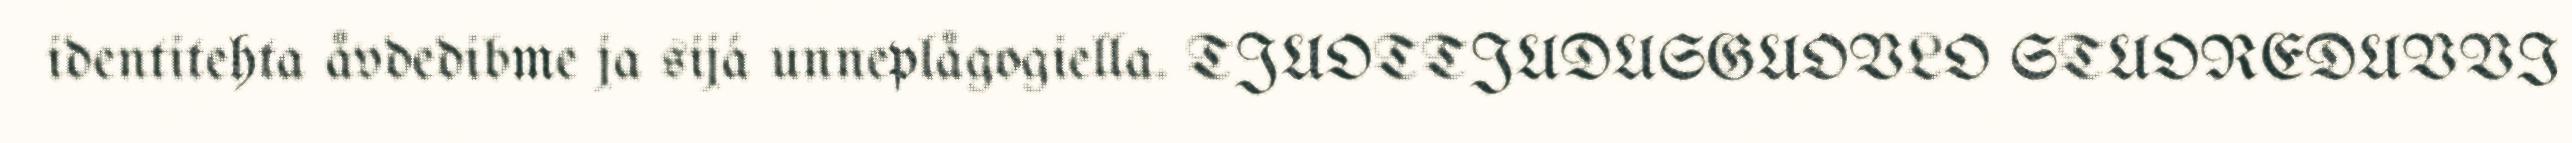
identitehta åvdedibme ja sijá unneplågogiella. TJUOTTJUDUSGUOVLO STUOREDUVVI